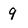
Character: 9